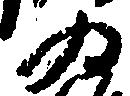
為